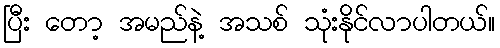
ပြီး တော့ အမည်နဲ့ အသစ် သုံးနိုင်လာပါတယ်။